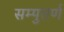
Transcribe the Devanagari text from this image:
सम्पुतर्ण